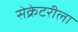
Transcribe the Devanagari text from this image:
सेक्रेटरीला